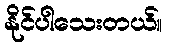
နိုင်ပါသေးတယ်။